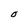
Character: O